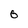
Character: 0